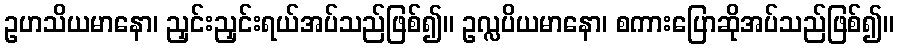
ဥဟသိယမာနော၊ ညှင်းညှင်းရယ်အပ်သည်ဖြစ်၍။ ဥလ္လပိယမာနော၊ စကားပြောဆိုအပ်သည်ဖြစ်၍။